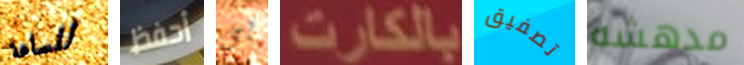
للساعة أحفظ بي بالكارت تصفيق مدهشه